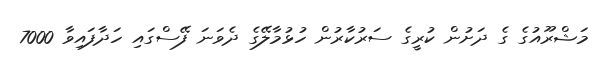
މަޝްރޫއުގެ ގެ ދަށުން ކުރީގެ ސަރުކާރުން ހުޅުމާލޭގެ ދެވަނަ ފޭސްގައި ހަދާފައިވާ 7000